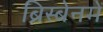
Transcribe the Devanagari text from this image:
ब्रिस्बेनमें